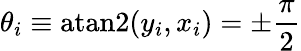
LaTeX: \theta_{i}\equiv\mathrm{atan2}(y_{i},x_{i})=\pm\frac{\pi}{2}